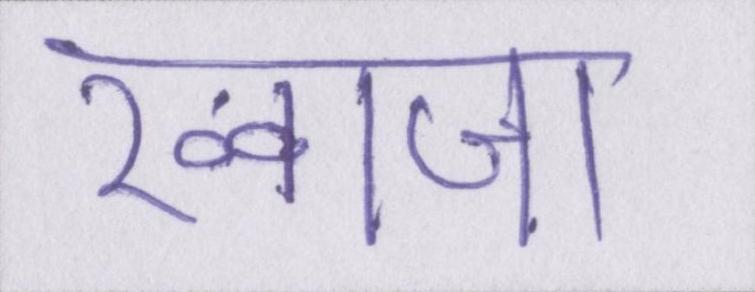
ख्वाजा